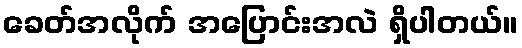
ခေတ်အလိုက် အပြောင်းအလဲ ရှိပါတယ်။